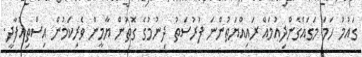
ގައުމު ހަމަ މަގައްގެންދިއުމައް ރައިއްޔަތުންނަ ފުރުސަތު ދިނުމުގެ ގޮތުން ޔާމީން ވެރިކަމުން އިސްތިއުފާދީ.